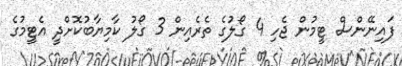
ފައިނޭންސް ޓީމުން ޖެހި 4 ގޯލުގެ ތެރެއިން 3 ގޯލު ކާމިޔާބުކޮށްދީ އެޓީމުގެ